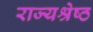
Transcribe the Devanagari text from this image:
राज्यश्रेष्ठ